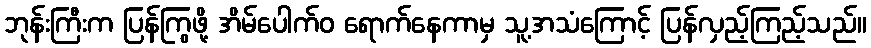
ဘုန်းကြီးက ပြန်ကြွဖို့ အိမ်ပေါက်ဝ ရောက်နေကာမှ သူ့အသံကြောင့် ပြန်လှည့်ကြည့်သည်။